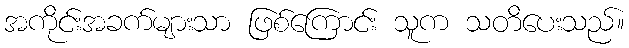
အကိုင်းအခက်များသာ ဖြစ်ကြောင်း သူက သတိပေးသည်။